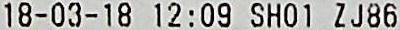
18-03-18 12:09 SHO1 ZJ86